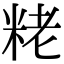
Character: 粩